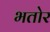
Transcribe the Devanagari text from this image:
भतोर